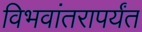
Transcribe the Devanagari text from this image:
विभवांतरापर्यंत